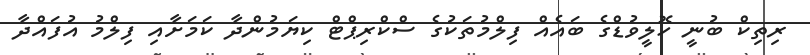
ރިތިކް ބުނީ ހޮލީވުޑްގެ ބައެއް ފިލްމުތަކުގެ ސްކްރިޕްޓް ކިޔަމުންދާ ކަމަށާއި ފިލްމު އުފައްދާ